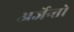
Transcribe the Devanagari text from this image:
अर्जेन्तो